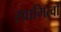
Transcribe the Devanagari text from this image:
स्वामित्वों